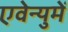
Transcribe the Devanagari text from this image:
एवेन्युमें